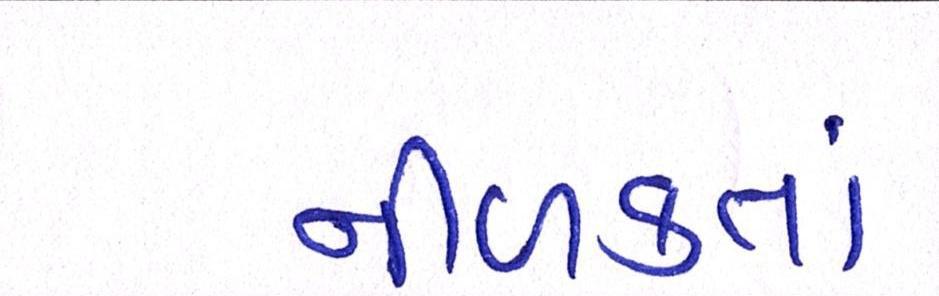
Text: નીળક્તાં